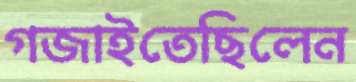
গজাইতেছিলেন